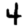
Digit: 4